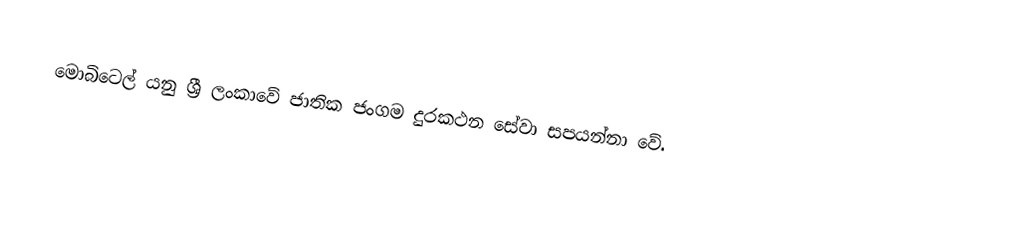
මොබිටෙල් යනු ශ්‍රී ලංකාවේ ජාතික ජංගම දුරකථන සේවා සපයන්නා වේ.